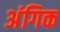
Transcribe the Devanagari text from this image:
अंगिक